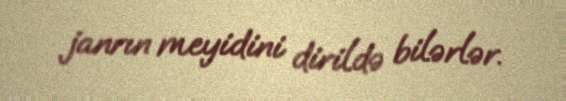
janrın meyidini dirildə bilərlər.